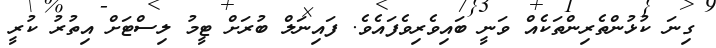
ގިނަ ކުޅުންތެރިންތަކެއް ވަނީ ބައިވެރިވެފައެވެ. ފައިނަލް ބުރަށް ޓީމު ލިސްޓަށް އިތުރު ކުރީ